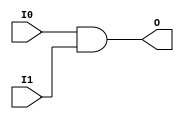
// This program was cloned from: https://github.com/jhshi/openofdm
// License: Apache License 2.0

// $Header: /devl/xcs/repo/env/Databases/CAEInterfaces/verunilibs/data/unisims/AND2.v,v 1.7 2007/05/23 21:43:33 patrickp Exp $
///////////////////////////////////////////////////////////////////////////////
// Copyright (c) 1995/2004 Xilinx, Inc.
// All Right Reserved.
///////////////////////////////////////////////////////////////////////////////
//   ____  ____
//  /   /\/   /
// /___/  \  /    Vendor : Xilinx
// \   \   \/     Version : 10.1
//  \   \         Description : Xilinx Functional Simulation Library Component
//  /   /                  2-input AND Gate
// /___/   /\     Filename : AND2.v
// \   \  /  \    Timestamp : Thu Mar 25 16:42:11 PST 2004
//  \___\/\___\
//
// Revision:
//    03/23/04 - Initial version.
//    05/23/07 - Changed timescale to 1 ps / 1 ps.

`timescale  1 ps / 1 ps


module AND2 (O, I0, I1);

    output O;

    input  I0, I1;

    and A1 (O, I0, I1);

endmodule